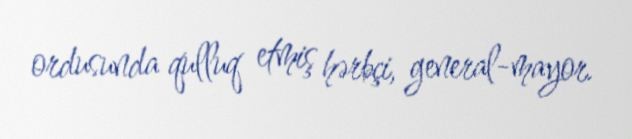
ordusunda qulluq etmiş hərbçi, general-mayor.